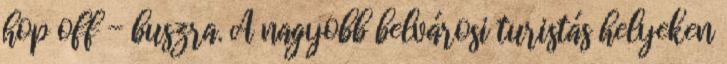
hop off - buszra. A nagyobb belvárosi turistás helyeken